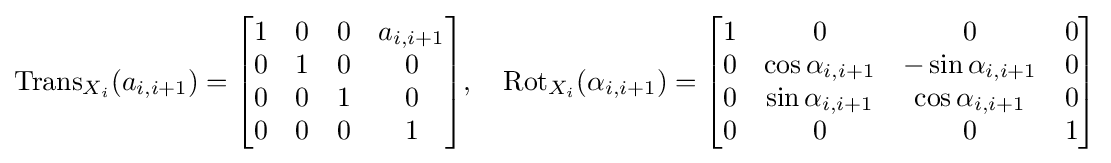
\operatorname {Trans} _{X_{i}}(a_{i,i+1})={\begin{bmatrix}1&0&0&a_{i,i+1}\\0&1&0&0\\0&0&1&0\\0&0&0&1\end{bmatrix}},\quad \operatorname {Rot} _{X_{i}}(\alpha _{i,i+1})={\begin{bmatrix}1&0&0&0\\0&\cos \alpha _{i,i+1}&-\sin \alpha _{i,i+1}&0\\0&\sin \alpha _{i,i+1}&\cos \alpha _{i,i+1}&0\\0&0&0&1\end{bmatrix}}